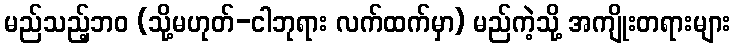
မည်သည့်ဘဝ (သို့မဟုတ်-ငါဘုရား လက်ထက်မှာ) မည်ကဲ့သို့ အကျိုးတရားများ